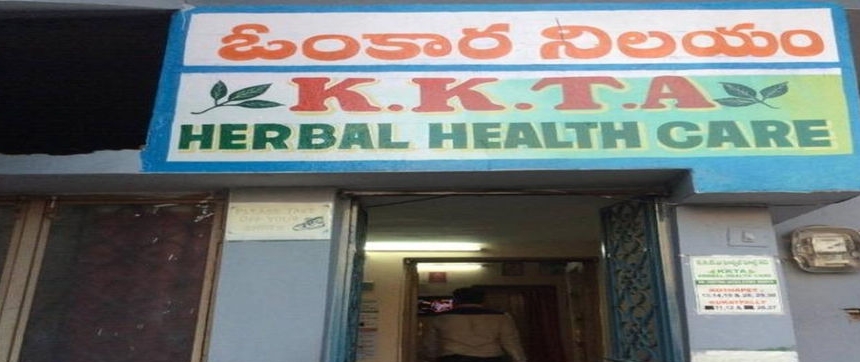
Language: telugu
Transcription: ఓంకార నిలయం